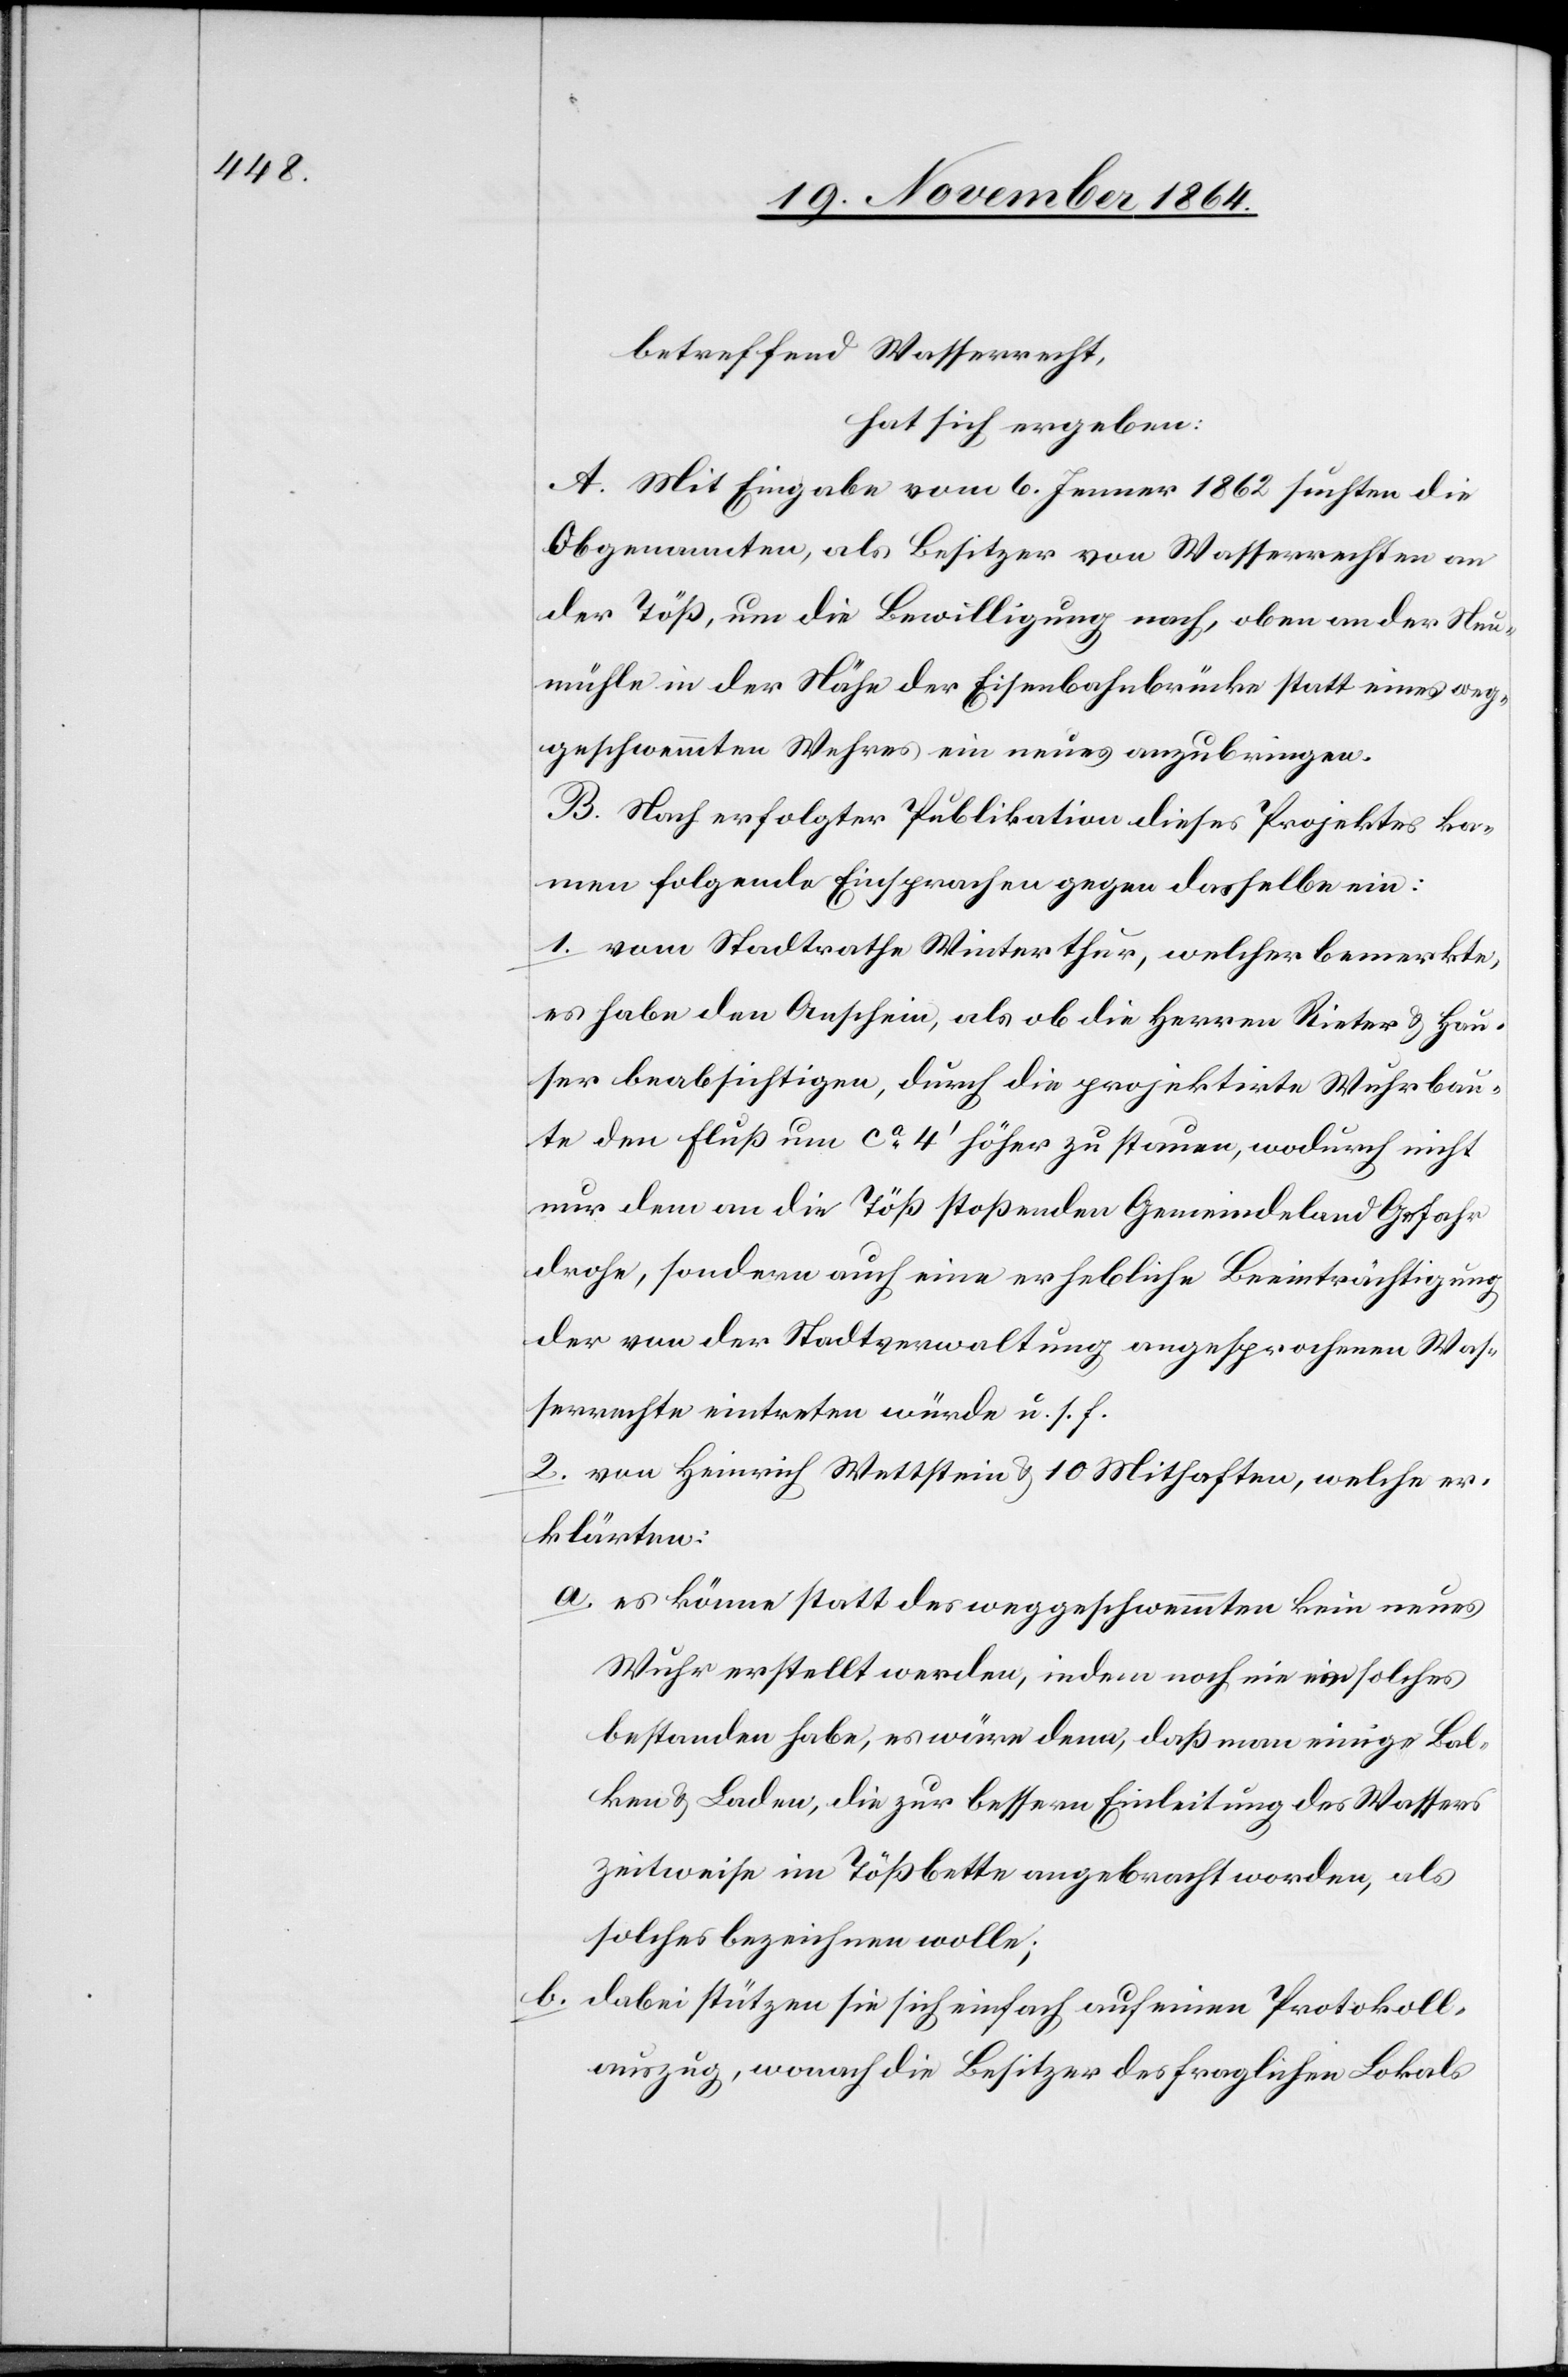
betreffend Wasserrecht,
hat sich ergeben:
A. Mit Eingabe vom 6. Jenner 1862 suchten die
Obgenannten, als Besitzer von Wasserrechten an
der Töß, um die Bewilligung nach, oben an der Neu¬
mühle in der Nähe der Eisenbahnbrücke statt eines weg¬
geschwemmten Wehres ein neues anzubringen.
B. Nach erfolgter Publikation dieses Projektes ka¬
men folgende Einsprachen gegen dasselbe ein:
1. vom Stadtrathe Winterthur, welcher bemerkte,
es habe den Anschein, als ob die Herren Rieter & Hau¬
ser beabsichtigen, durch die projektirte Wuhrbau¬
te den Fluß um ca 4’ höher zu stauen, wodurch nicht
nur dem an die Töß stoßenden Gemeindeland Gefahr
drohe, sondern auch eine erhebliche Beeinträchtigung
der von der Stadtverwaltung angesprochenen Was¬
serrechte eintreten würde u. s. f.
2. von Heinrich Wettstein & 10 Mithaften, welche er¬
klärten:
a.	es könne statt des weggeschwemmten kein neues
Wuhr erstellt werden, indem noch nie ein solches
bestanden habe, es wäre denn, daß man einige Bal¬
ken & Laden, die zur bessern Einleitung des Wassers
zeitweise im Tößbette angebracht worden, als
solches bezeichnen wolle;
b.	dabei stützen sie sich einfach auf einen Protokoll¬
auszug, wonach die Besitzer des fraglichen Lokals